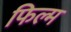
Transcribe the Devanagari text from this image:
फिल्म